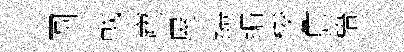
圆㦸塵屋縞编梭詹梧